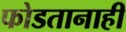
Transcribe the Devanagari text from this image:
फोडतानाही